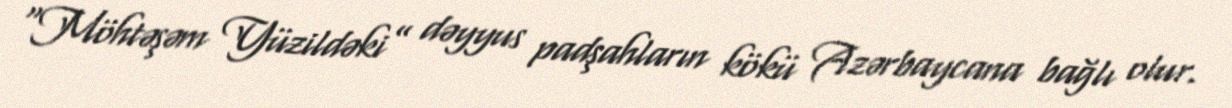
“Möhtəşəm Yüzildəki” dəyyus padşahların kökü Azərbaycana bağlı olur.